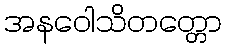
အနဝေါသိတတ္တော